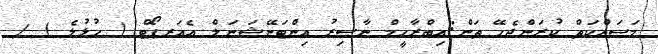
މަސައްކަތް ކުރަންޖެހޭ ތަން:އިބްރާހީމް ނާޞިރު އިންޓަނޭޝަނަލް އެއަރޕޯޓް ( ހުޅުލެ ) /